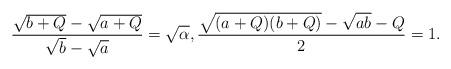
LaTeX: \begin{align*}\frac{\sqrt{b+Q}-\sqrt{a+Q}}{\sqrt{b}-\sqrt{a}}=\sqrt{\alpha},\frac{\sqrt{(a+Q)(b+Q)}-\sqrt{ab}-Q}{2}=1.\end{align*}